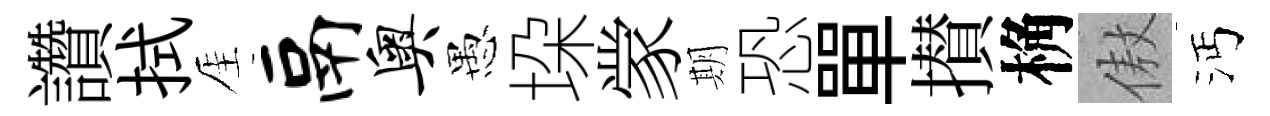
讚拭厓鬲奥愚垜䝉期恐單攅桷傲沔